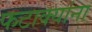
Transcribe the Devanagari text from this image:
फटाक्यांना